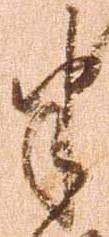
半